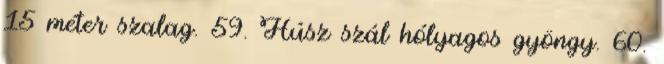
15 méter szalag. 59. Húsz szál hólyagos gyöngy. 60.